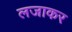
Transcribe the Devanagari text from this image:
लजाकर